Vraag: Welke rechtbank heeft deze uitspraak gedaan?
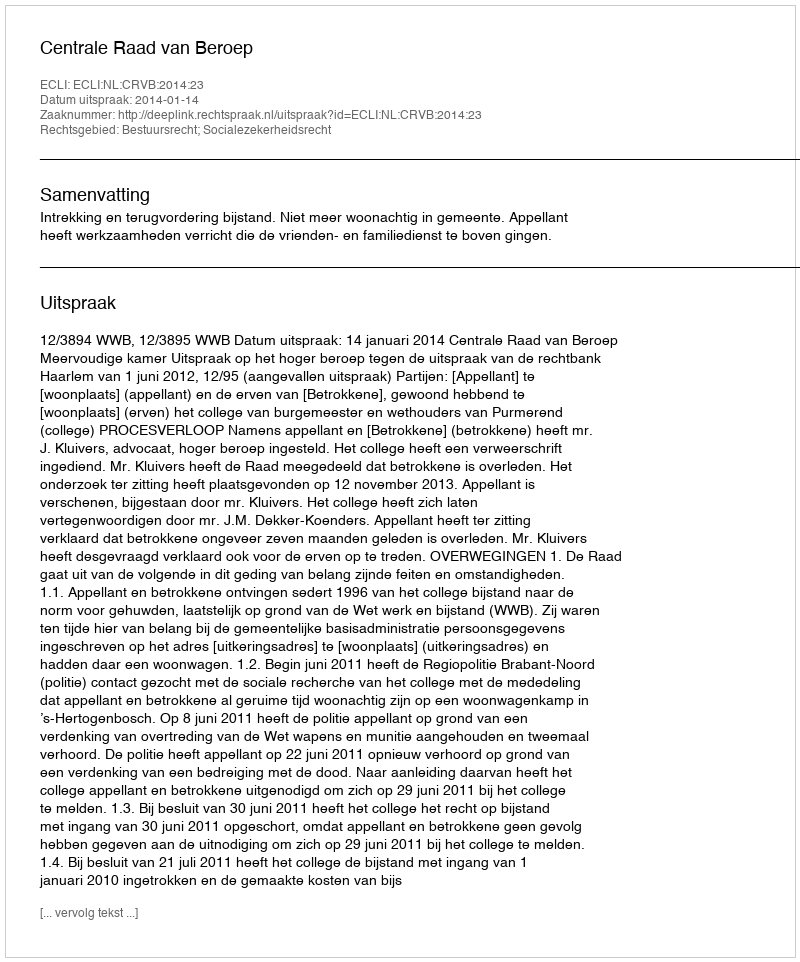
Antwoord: Centrale Raad van Beroep